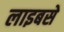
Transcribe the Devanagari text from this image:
लाइबसे